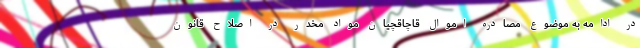
در ادامه به موضوع مصادره اموال قاچاقچیان مواد مخدر در اصلاح قانون